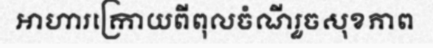
អាហារក្រោយពីពុលចំណីរួចសុខភាព